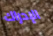
الإدراك